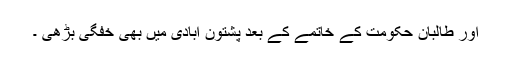
اور طالبان حکومت کے خاتمے کے بعد پشتون آبادی میں بھی خفگی بڑھی ۔